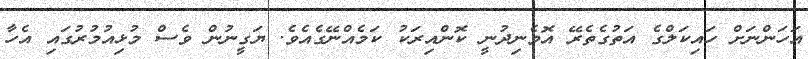
އަހަންނަށް ހައިކަލްގެ އަތުގެތެރޭ އޮވެނިދުނީ ކޮންއިރަކު ކަމެއްނޭގެއެވެ. ޔަގީނުން ވެސް މުޅިއުމުރުގައި އެހާ